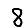
Digit: 8